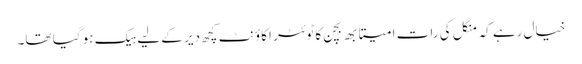
خیال رہے کہ منگل کی رات امیتابھ بچن کا ٹوئٹر اکاؤنٹ کچھ دیر کے لیے ہیک ہو گیا تھا۔